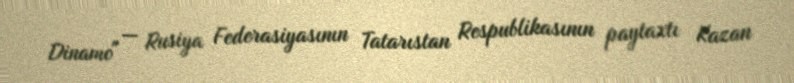
Dinamo" — Rusiya Federasiyasının Tatarıstan Respublikasının paytaxtı Kazan